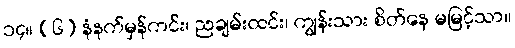
၁၄။ (၆) နံနက်မှန်ကင်း၊ ညချမ်းထင်း၊ ကျွန်းသား စိတ်နေ မမြင့်သာ။